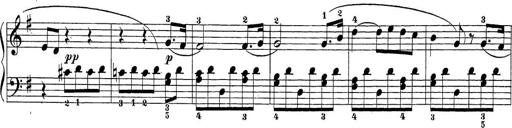
Title: Sonatina Album
Composer: Louis KÃ¶hler